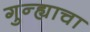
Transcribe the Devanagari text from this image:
गुन्ह्याचा